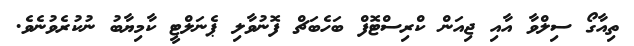
ތިއާގޯ ސިލްވާ އާއި ޖިއަން ކްރިސްޓޮފް ބަހެބަޗް ފޮނުވާލި ޕެނަލްޓީ ކާމިޔާބު ނުކުރެވުނެވެ.